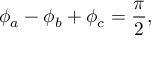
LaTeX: \phi _ { a } - \phi _ { b } + \phi _ { c } = \frac { \pi } { 2 } ,